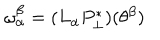
LaTeX: \omega _ { \alpha } ^ { \beta } = ( L _ { \alpha } P _ { \perp } ^ { * } ) ( \theta ^ { \beta } )